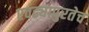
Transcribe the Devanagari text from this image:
एवढ्यापुरतेच